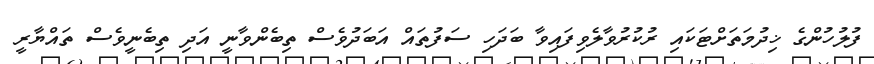
ފުލުހުންގެ ޚިދުމަތަށްޓަކައި ރުކުރުވާލެވިފައިވާ ބަދަހި ސަފުތައް އަބަދުވެސް ތިބެންވާނީ އަދި ތިބެނީވެސް ތައްޔާރީ